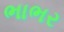
ભાભર